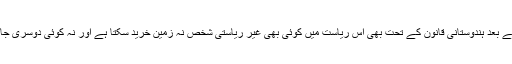
اسکے بعد ہندوستانی قانون کے تحت بھی اس ریاست میں کوئی بھی غیر ریاستی شخص نہ زمین خرید سکتا ہے اور نہ کوئی دوسری جائداد۔